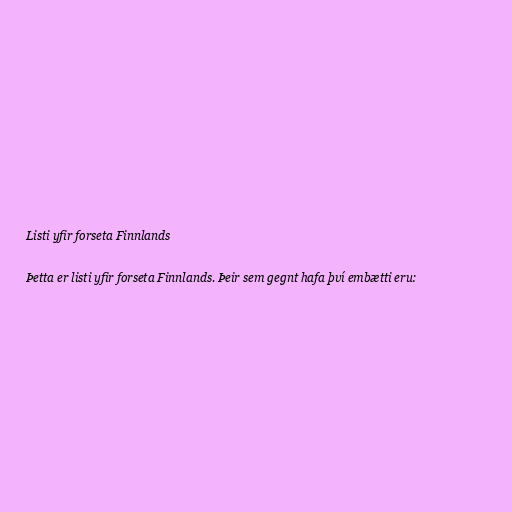
Listi yfir forseta Finnlands

Þetta er listi yfir forseta Finnlands. Þeir sem gegnt hafa því embætti eru: